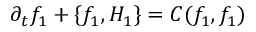
\begin{array} { r } { \partial _ { t } f _ { 1 } + \{ f _ { 1 } , H _ { 1 } \} = C ( f _ { 1 } , f _ { 1 } ) \, } \end{array}